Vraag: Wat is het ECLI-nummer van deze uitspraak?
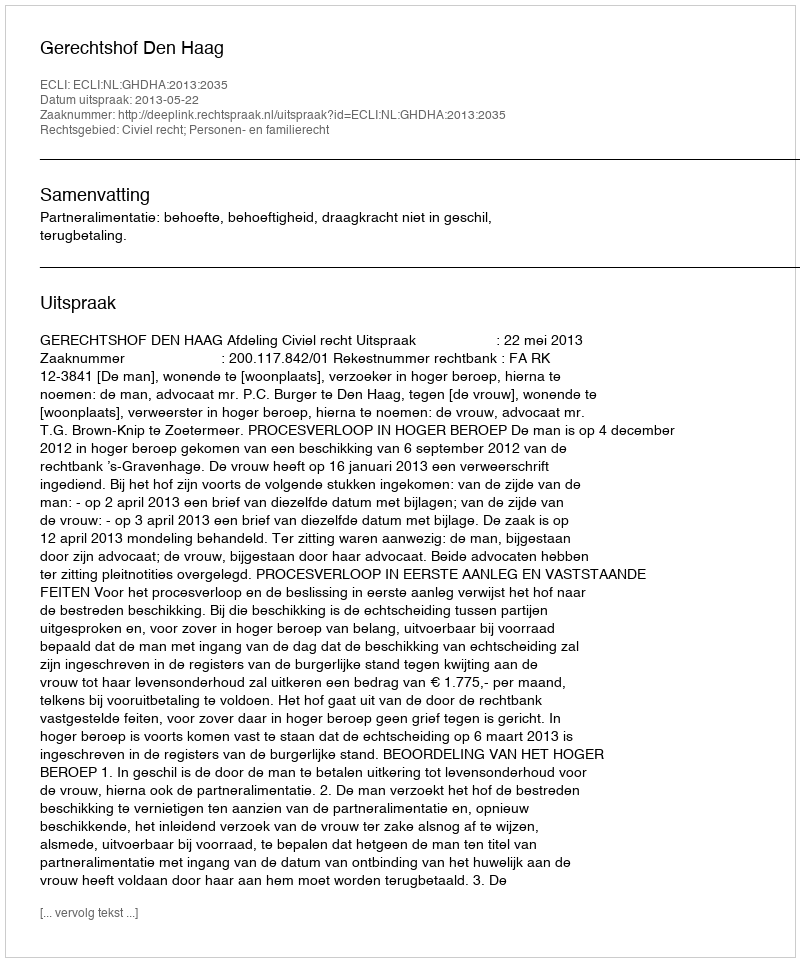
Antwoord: ECLI:NL:GHDHA:2013:2035